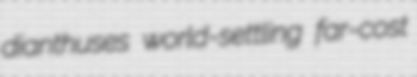
dianthuses world-settling far-cost